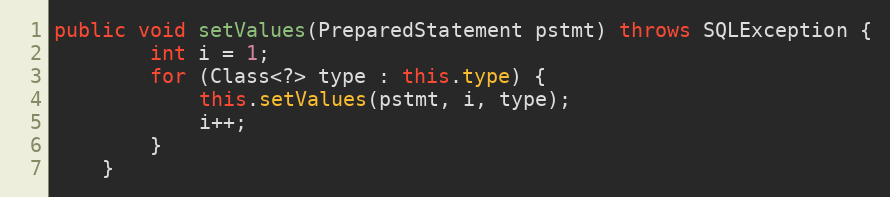
Language: Java
public void setValues(PreparedStatement pstmt) throws SQLException {
		int i = 1;
		for (Class<?> type : this.type) {
			this.setValues(pstmt, i, type);
			i++;
		}
	}